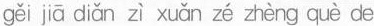
gěi jiā diǎn zì xuǎn zé zhèng de